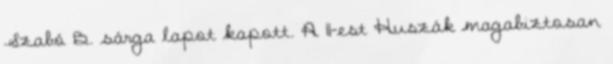
Szabó B. sárga lapot kapott. A 11-est Huszák magabiztosan